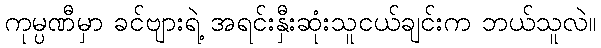
ကုမ္ပဏီမှာ ခင်ဗျားရဲ့ အရင်းနှီးဆုံးသူငယ်ချင်းက ဘယ်သူလဲ။